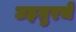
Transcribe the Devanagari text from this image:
उइग़ुरचे